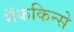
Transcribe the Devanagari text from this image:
मॅककिन्से